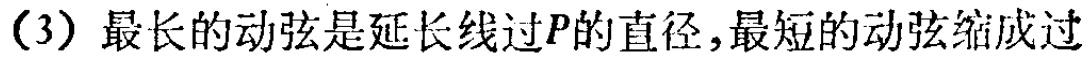
（3）最长的动弦是延长线过\(P\)的直径,最短的动弦缩成过